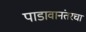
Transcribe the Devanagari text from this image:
पाडावानंतरचा